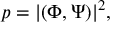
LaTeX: p = | ( \Phi , \Psi ) | ^ { 2 } ,